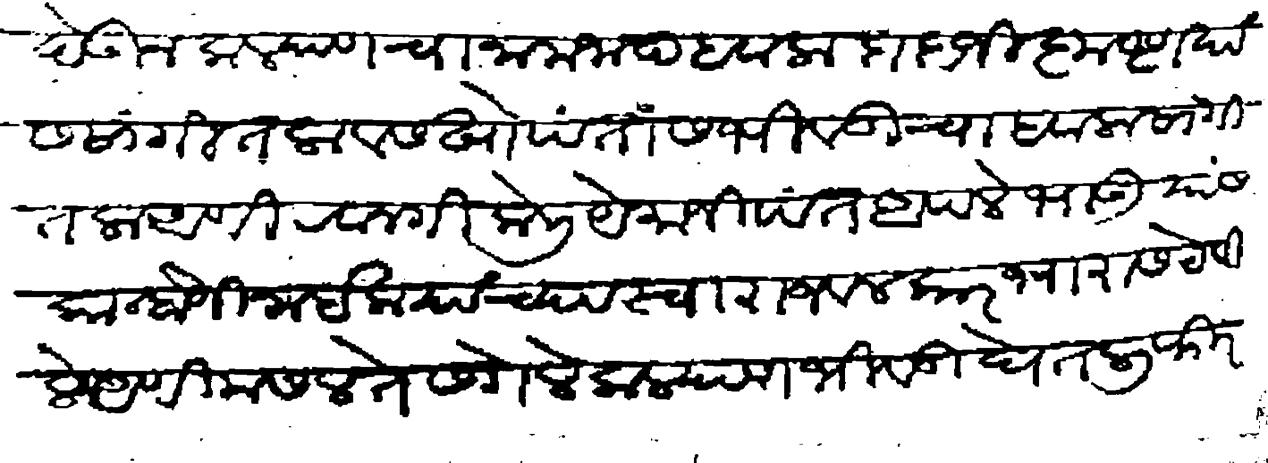
Transliteration (Devanagari): देऊन कल्याणचा नामजाद हवाला दादाजीकृष्ण यांस सांगितला व सखोपंतास भिवंडीचा हवाला सांगितला आणि रवानगी केली येमाजीपंत आपले भाऊ यांस कान्होजी नाईक यांच्या स्वाराजवळ कारभारास ठेविले आणि मसलतेस गेले कल्याण भिवंडी घेतली